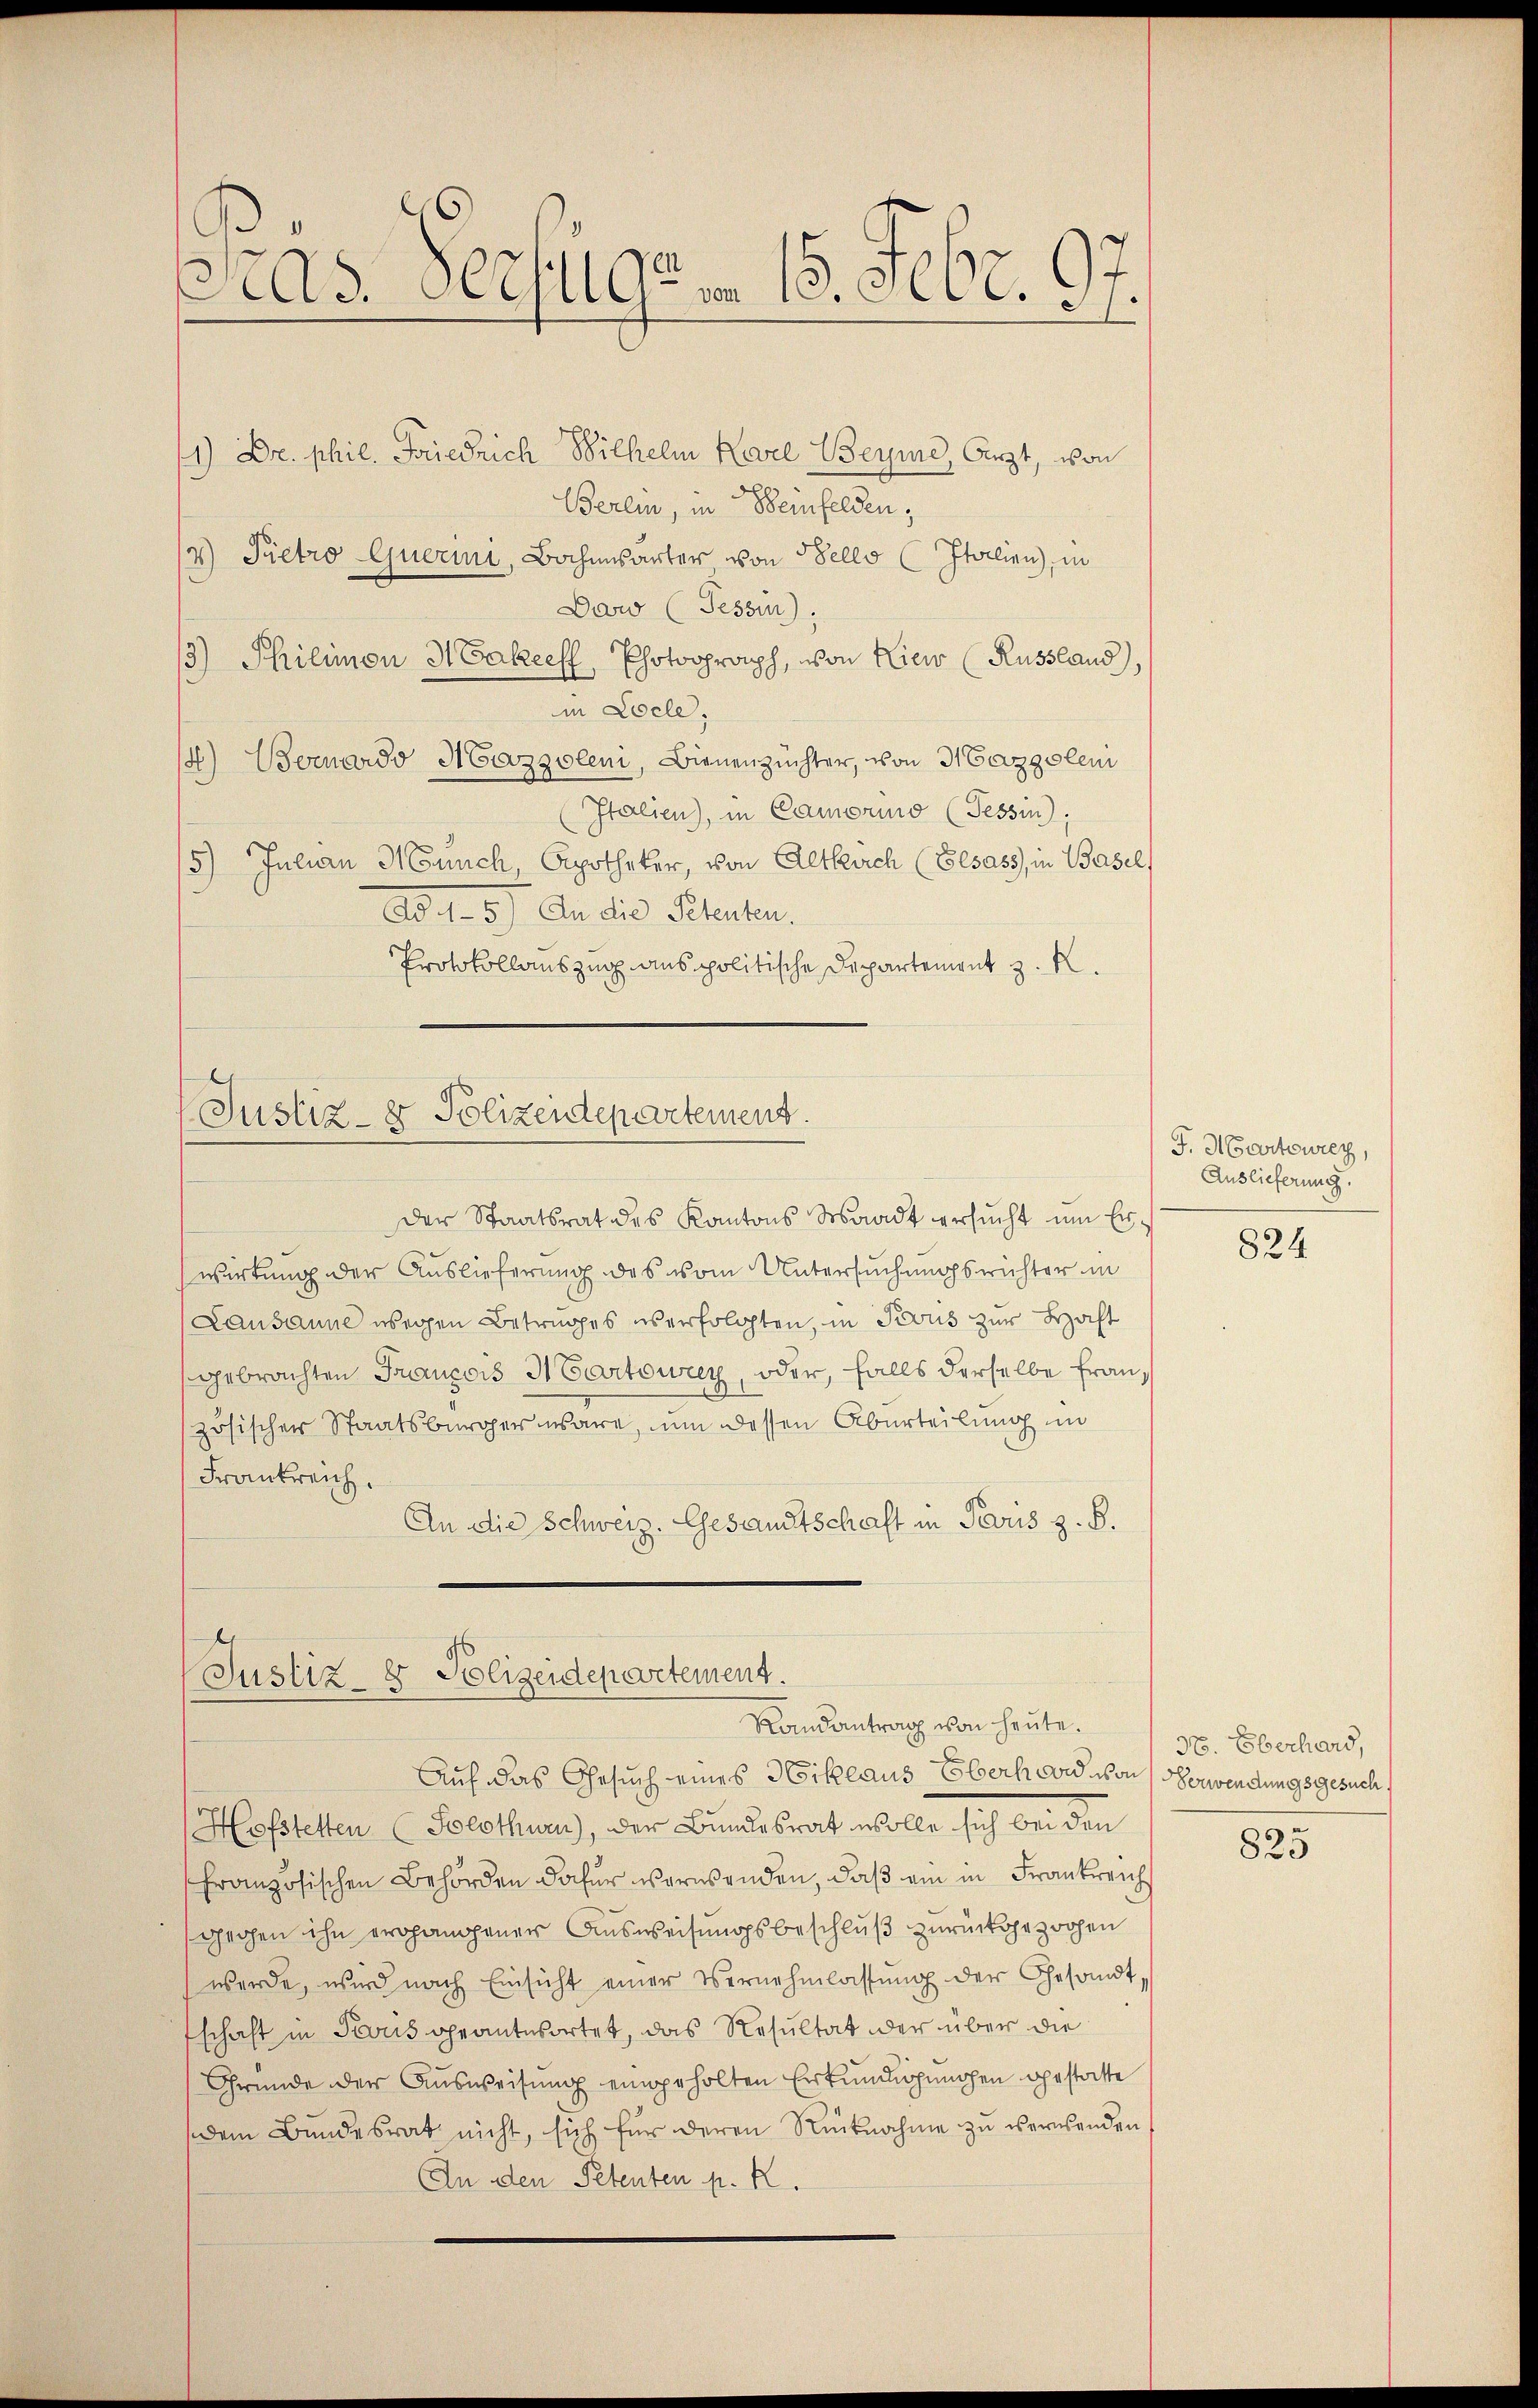
Pras Verfügen 15. Febr. 97.

1) Dr. phil. Friedrich Wilhelm Karl Beyme, Arzt, von
Berlin, in Beinfelden,
4) Pietro querini, Bochensarter von Sello (Italien, in
Daw (Tessin,
13.) Philimon Hakeeff, Photograph, von Hier (Russland),
in Locle,
14) Bernardo Mazgoleni, Bienenzüchter, von 3 Cazgolen
Italien), in Camerino (Tessin;
) Julian Münch, Apotheker, von Altkirch (Elsass, in Basel,
Ad d. 5.) An die Petenten.
Protokollauszug aus politische Departement z. K.

wirkung der Auslieferung des vom Untersuchungsrichter in
Lausanne wegen Betruges es erfolgten, in Jesus zur Haft
gebrachten François Martourey, oder, falls derselbe Französischer Staatsbürger wäre, um dessen Aburteilung in
Frankreich.
An die Schweiz. Gesamtschaft in Paris z. B.

Justiz- & Polizeidepartement
Der Staatsrat des Kantons Waadt ersŭcht um Er¬

Justiz- & Polizeidepartement.
Randantrag von heute.

Auf das Gesuch eines Niklaus Eberhard von Oberwendungsgesuch,
Hofstetten (Solothurn), der Bundesrat wolle sich bei den
Französischen Behörden dafür verwenden, daß ein in Frankreich
geohen ihn erhangener Ausweisungsbeschluß zurückgezogen
werde, wird nach Einsicht einer Vernehmlassung der Gesandtschaft in Tous geantwortet, das Resultat der über die
Gründe der Ausweisung eingeholten Erkundigungen gestatte
dem Bundesrat nicht, sich für deren Rücknahme zu verwenden
An den Petenten p. R.

F. Hartwech,
Auslieferung.

824

N. Eberhard,

825